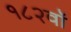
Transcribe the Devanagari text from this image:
१८२वॉ